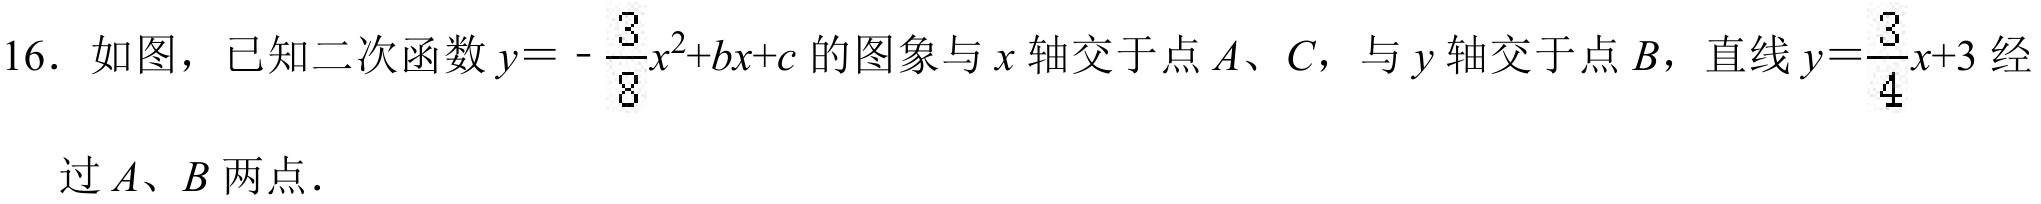
16. 如图，已知二次函数\(y = -\frac{3}{8}x^{2}+bx + c\)的图象与\(x\)轴交于点\(A、C\)，与\(y\)轴交于点\(B\)，直线\(y=\frac{3}{4}x + 3\)经过\(A、B\)两点.